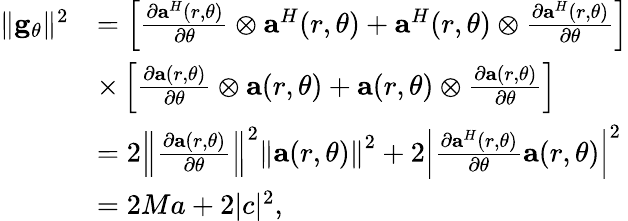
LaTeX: \begin{array}{rl}{{\| {{{\mathbf{g}}_{\theta}}}\| ^{2}}}&{=\left[{\frac{{\partial{{\mathbf{a}}^{H}}(r,\theta)}}{{\partial\theta}}\otimes{{\mathbf{a}}^{H}}(r,\theta)+{{\mathbf{a}}^{H}}(r,\theta)\otimes\frac{{\partial{{\mathbf{a}}^{H}}(r,\theta)}}{{\partial\theta}}}\right]}\\ &{\times\left[{\frac{{\partial{\mathbf{a}}(r,\theta)}}{{\partial\theta}}\otimes{\mathbf{a}}(r,\theta)+{\mathbf{a}}(r,\theta)\otimes\frac{{\partial{\mathbf{a}}(r,\theta)}}{{\partial\theta}}}\right]}\\ &{=2{\left\| {\frac{{\partial{\mathbf{a}}(r,\theta)}}{{\partial\theta}}}\right\| ^{2}}{\left\| {{\mathbf{a}}(r,\theta)}\right\| ^{2}}+2{\left|{\frac{{\partial{{\mathbf{a}}^{H}}(r,\theta)}}{{\partial\theta}}{\mathbf{a}}(r,\theta)}\right|^{2}}}\\ &{=2Ma+2{|c|^{2}},}\end{array}